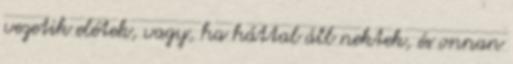
vezetik elétek, vagy, ha háttal áll nektek, és onnan